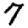
Digit: 7